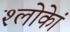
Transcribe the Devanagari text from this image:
श्लोकेां